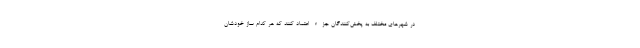
در شهرهای مختلف به پخش‌کنندگان جزء اعتماد کنند که هر کدام ساز خودشان